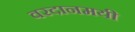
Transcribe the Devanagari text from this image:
वरदानमयी